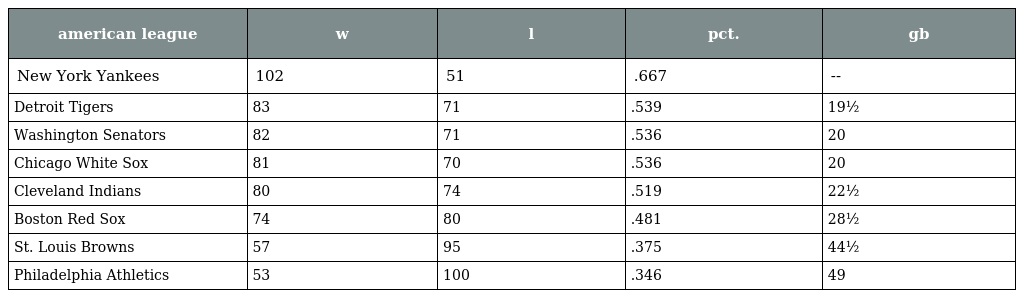
| american league | w | l | pct. | gb |
 | --- | --- | --- | --- | --- |
 | New York Yankees | 102 | 51 | .667 | -- |
 | Detroit Tigers | 83 | 71 | .539 | 19½ |
 | Washington Senators | 82 | 71 | .536 | 20 |
 | Chicago White Sox | 81 | 70 | .536 | 20 |
 | Cleveland Indians | 80 | 74 | .519 | 22½ |
 | Boston Red Sox | 74 | 80 | .481 | 28½ |
 | St. Louis Browns | 57 | 95 | .375 | 44½ |
 | Philadelphia Athletics | 53 | 100 | .346 | 49 |